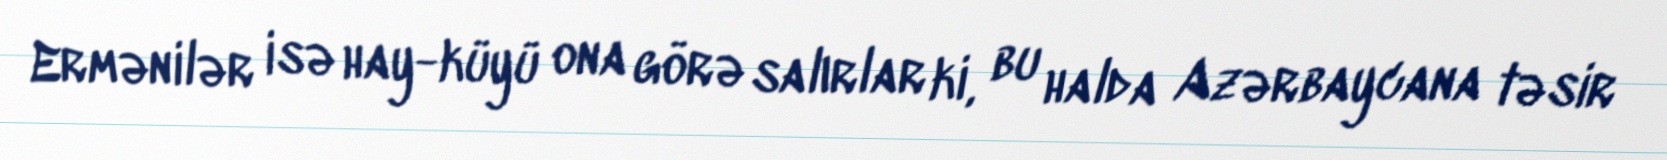
Ermənilər isə hay-küyü ona görə salırlar ki, bu halda Azərbaycana təsir